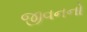
જીવનનો